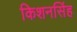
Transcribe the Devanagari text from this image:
किशनसिंह